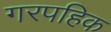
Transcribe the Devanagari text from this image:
गरपहिक